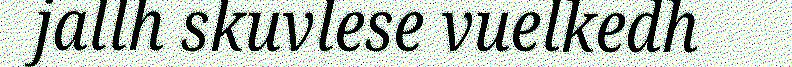
jallh skuvlese vuelkedh